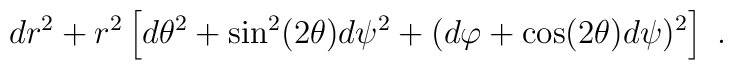
dr^2 + r^2 \left[ d\theta^2 + \sin^2(2\theta) d\psi^2 + (d\varphi+\cos(2\theta)d\psi)^2 \right]~.